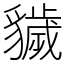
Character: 𧴖